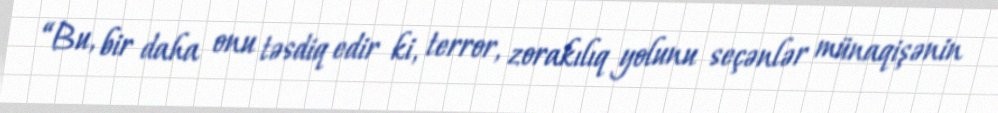
“Bu, bir daha onu təsdiq edir ki, terror, zorakılıq yolunu seçənlər münaqişənin